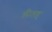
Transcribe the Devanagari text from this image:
लीलह